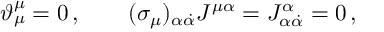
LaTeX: \vartheta _ { \mu } ^ { \mu } = 0 \, , \qquad ( \sigma _ { \mu } ) _ { \alpha \dot { \alpha } } J ^ { \mu \alpha } = J _ { \alpha \dot { \alpha } } ^ { \alpha } = 0 \, ,